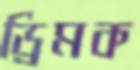
ড্রিমক